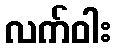
လက်ဝါး